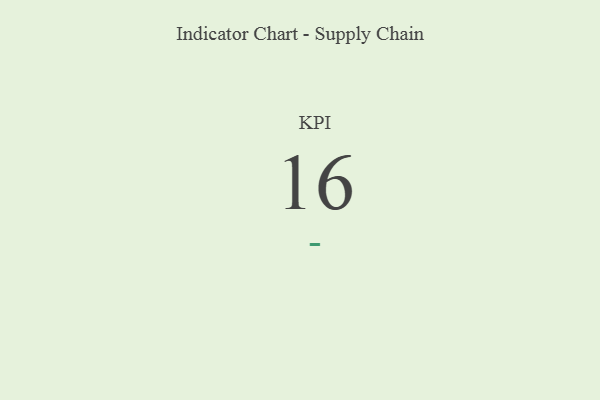
{"axis": {"x": "KPI", "y": "Value"}, "legend": [""], "data": [{"x": "KPI", "y": 16, "type": ""}]}